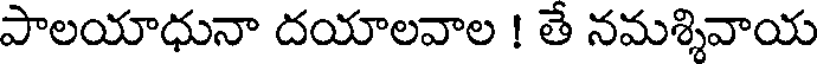
పాలయాధునా దయాలవాల ! తే నమశ్శివాయ